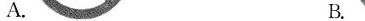
A. B.